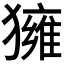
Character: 𤢐